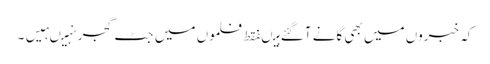
کہ خبروں میں بھی گانے آگئے ہیںفقط فلموں میں جٹ گجر نہیںہیں۔